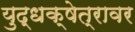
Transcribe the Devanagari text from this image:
युद्धक्षेत्रावर